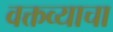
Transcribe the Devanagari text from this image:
वक्तव्याचा